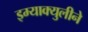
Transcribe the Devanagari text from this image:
इम्‍याक्‍युलीने